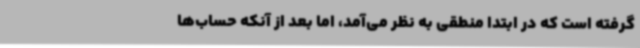
گرفته است که در ابتدا منطقی به نظر می‌آمد، اما بعد از آنکه حساب‌ها